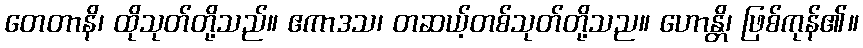
တေတာနိ၊ ထိုသုတ်တို့သည်။ ဧကာဒသ၊ တဆယ့်တစ်သုတ်တို့သည။ ဟောန္တိ၊ ဖြစ်ကုန်၏။